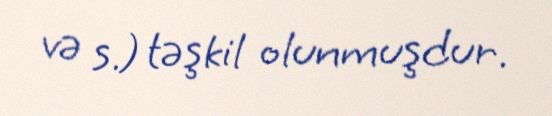
və s.) təşkil olunmuşdur.